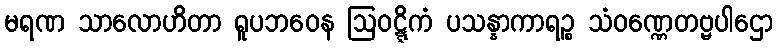
မရဏ သာလောဟိတာ ရူပဘဝေန ဩဝဋ္ဋိကံ ပသန္နာကာရဉ္စ သံဝဏ္ဏေတဗ္ဗပါဌော